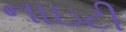
નાઇટી